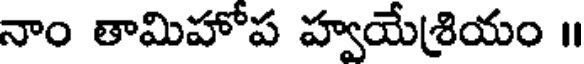
నాం తామిహోప హ్వయేశ్రియం ॥